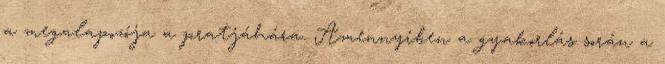
a megalapozója a pratjáhára. Amennyiben a gyakorlás során a